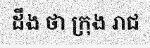
ដឹង ថា ក្រុង រាជ